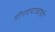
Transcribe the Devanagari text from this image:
दीनदयाळांची